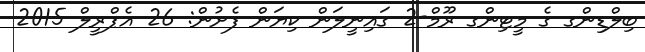
ބިލްޑިންގ ގެ މީޓިންގ ރޫމް-2 ގައިނީލަން ކިޔަން ފެށުން: 26 އެޕްރީލް 2015